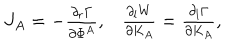
\begin{matrix} { { J _ { A } = - { \frac { \partial _ { r } \Gamma } { \partial \Phi ^ { A } } } , } } & { { { \frac { \partial _ { l } W } { \partial K _ { A } } } = { \frac { \partial _ { l } \Gamma } { \partial K _ { A } } } , } } \\ \end{matrix}